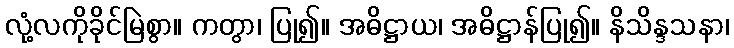
လုံ့လကိုခိုင်မြဲစွာ။ ကတွာ၊ ပြု၍။ အဓိဋ္ဌာယ၊ အဓိဋ္ဌာန်ပြု၍။ နိသိန္ဒသနာ၊